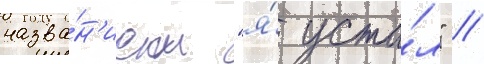
назва́н'ием "я́ уста́л" //